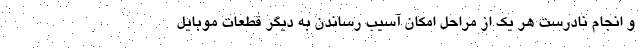
و انجام نادرست هر یک از مراحل امکان آسیب رساندن به دیگر قطعات موبایل